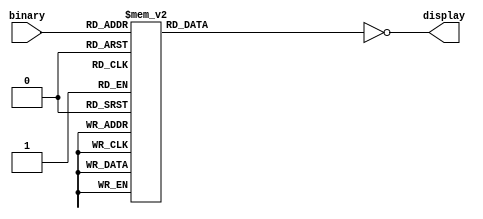
`timescale 1ns / 1ps
//////////////////////////////////////////////////////////////////////////////////
// Company: 
// Engineer: 
// 
// Design Name: 
// Module Name:    binary_to_disp 
// Project Name: 
// Target Devices: 
// Tool versions: 
// Description: 
//
// Dependencies: 
//
// Revision: 
// Revision 0.01 - File Created
// Additional Comments: 
//
//////////////////////////////////////////////////////////////////////////////////
module binary_to_disp(
    input [3:0]binary,
	 output reg[7:0]display 
	 );
//display : [dp,a,b,c,d,e,f,g]
always@(binary)
begin
	case(binary)
		0: display=8'b01111110;
		1: display=8'b00110000;
		2: display=8'b01101101;
		3: display=8'b01111001;
		4: display=8'b00110011;
		5: display=8'b01011011;
		6: display=8'b01011111;
		7: display=8'b01110000;
		8: display=8'b01111111;
		9: display=8'b01111011;
		10: display=8'b01110111;
		11: display=8'b00011111;
		12: display=8'b01001110;
		13: display=8'b00111101;
		14: display=8'b01001111;
		15: display=8'b01000111;	
	endcase
	display = ~display;
end
endmodule